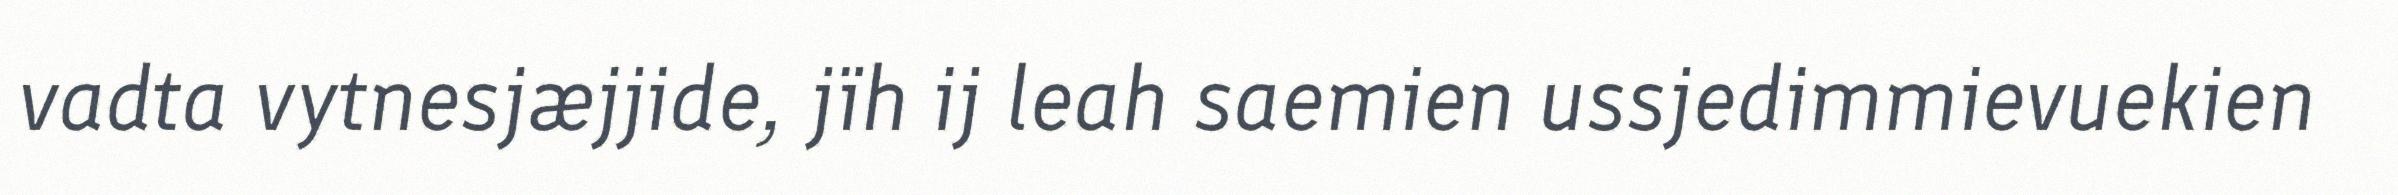
vadta vytnesjæjjide, jïh ij leah saemien ussjedimmievuekien